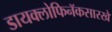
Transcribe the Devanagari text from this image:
डायक्लोफिनॅकसारखे